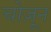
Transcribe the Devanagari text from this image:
चोज़ून